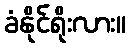
ခံနိုင်ရိုးလား။